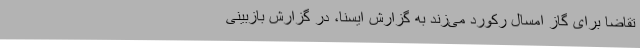
تقاضا برای گاز امسال رکورد می‌زند به گزارش ایسنا، در گزارش بازبینی